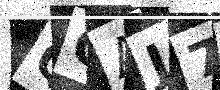
Text: QQAJ7Y